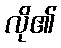
လို၏